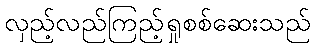
လှည့်လည်ကြည့်ရှုစစ်ဆေးသည်